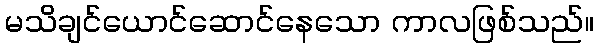
မသိချင်ယောင်ဆောင်နေသော ကာလဖြစ်သည်။